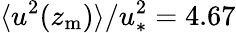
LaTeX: \langle u^{2}(z_{\mathrm{m}})\rangle/u_{\ast}^{2}=4.67